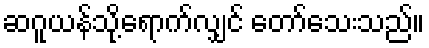
ဆဂူယန်သို့ရောက်လျှင် တော်သေးသည်။